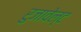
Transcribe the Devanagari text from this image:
रुजावेल्ट